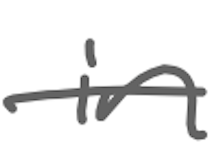
Text: in
Cross-out: single-line
Writing tool: digital_gray